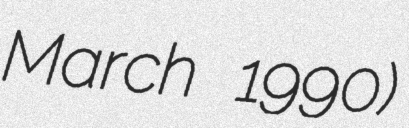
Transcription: March 1990)